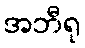
အဘီရု